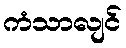
ကံသာလျင်